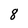
Character: 8